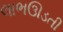
લાભઊડતી